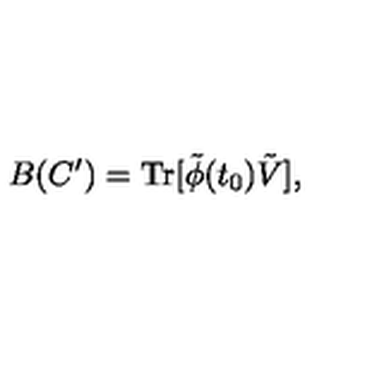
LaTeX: B ( C ^ { \prime } ) = \mathrm { T r } [ \tilde { \phi } ( t _ { 0 } ) \tilde { V } ] ,